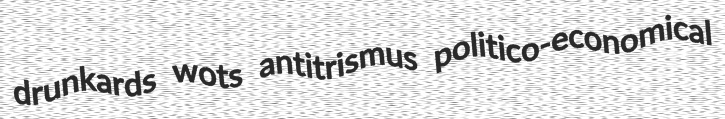
drunkards wots antitrismus politico-economical